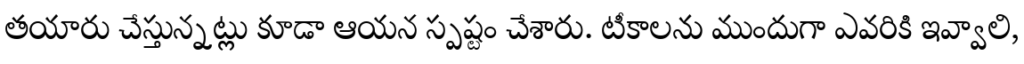
తయారు చేస్తున్నట్లు కూడా ఆయన స్పష్టం చేశారు. టీకాలను ముందుగా ఎవరికి ఇవ్వాలి,